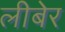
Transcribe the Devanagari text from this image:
लीबेर